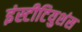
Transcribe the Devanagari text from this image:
इंस्टीटियुशंस